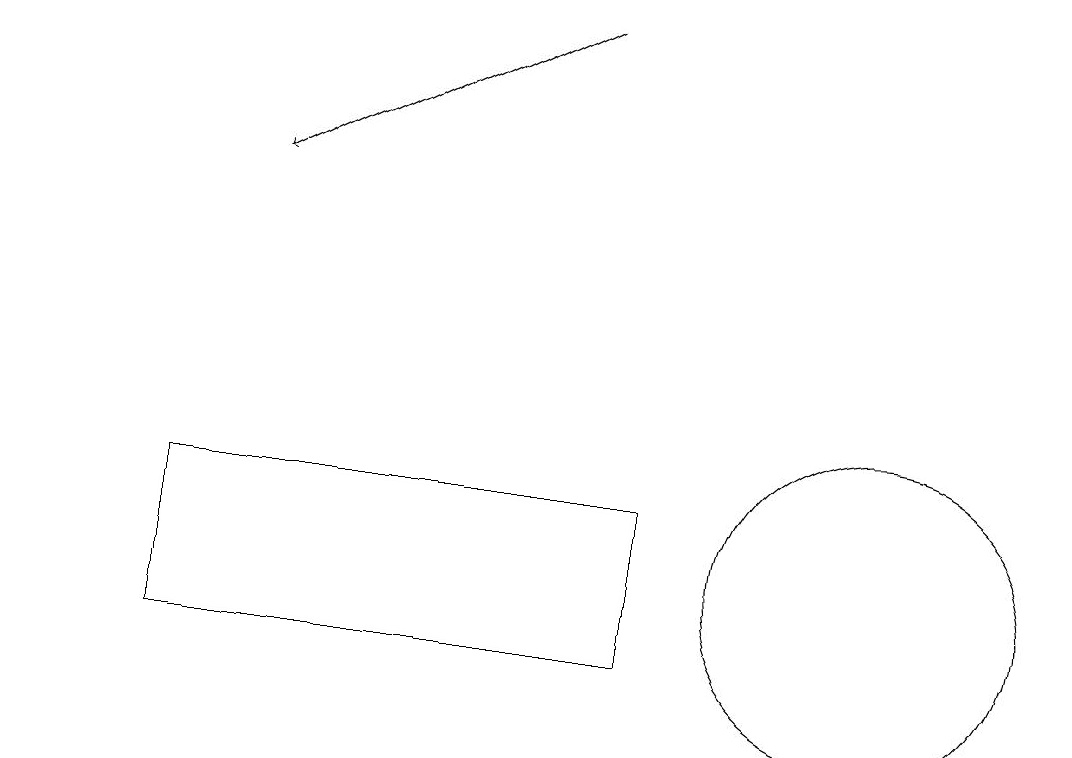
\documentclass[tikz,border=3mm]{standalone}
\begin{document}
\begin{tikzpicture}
\draw (9,11) rectangle (3,13);
\draw[->] (8,19) -- (4,17);
\draw (12,12) circle (2);
\draw (1,14) rectangle (1,14);
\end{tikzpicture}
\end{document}